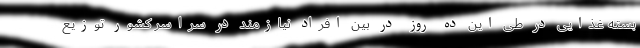
بسته غذایی در طی این ده روز در بین افراد نیازمند در سراسر کشور توزیع